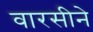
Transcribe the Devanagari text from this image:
वारसीने